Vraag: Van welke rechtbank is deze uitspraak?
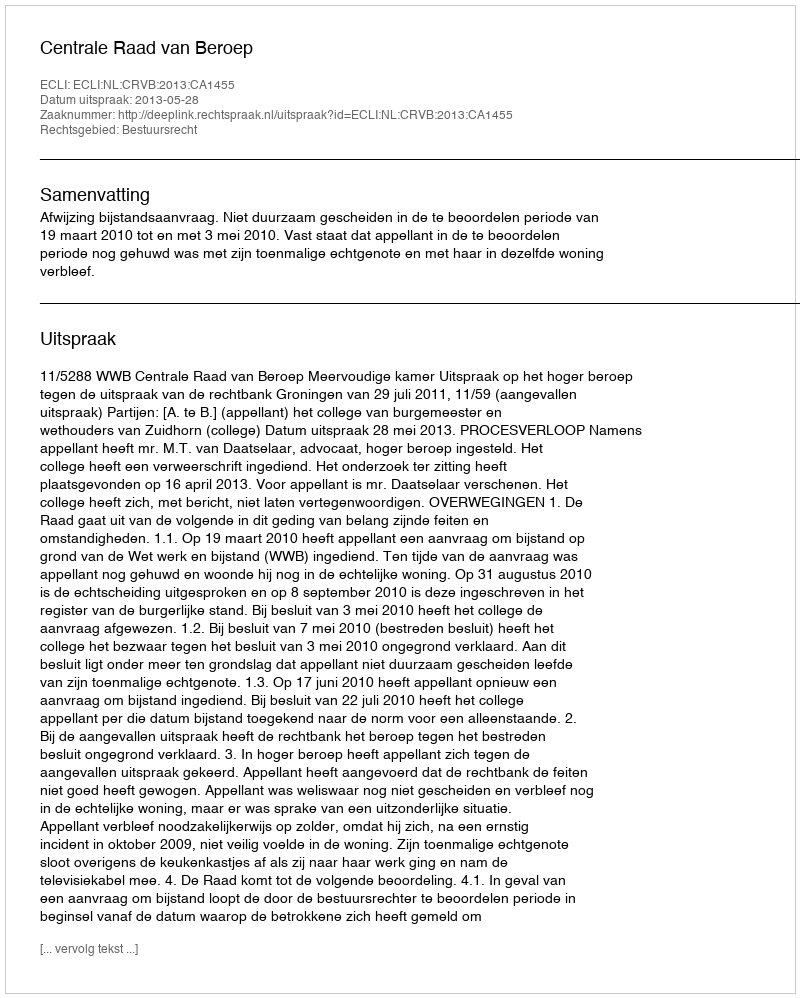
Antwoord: Centrale Raad van Beroep